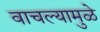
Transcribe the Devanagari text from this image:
वाचल्यामुळे